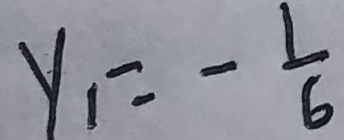
y _ { 1 } = - \frac { 1 } { 6 }